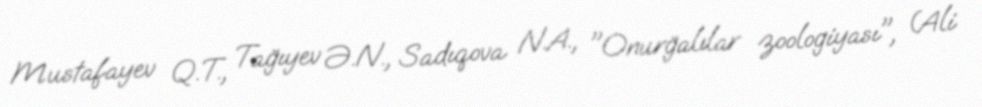
Mustafayev Q.T., Tağıyev Ə.N., Sadıqova N.A., "Onurğalılar zoologiyası", (Ali